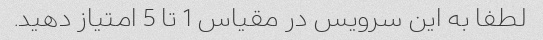
لطفا به این سرویس در مقیاس 1 تا 5 امتیاز دهید.